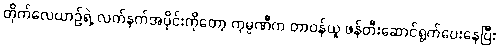
တိုက်လေယာဉ်ရဲ့ လက်နက်အပိုင်းကိုတော့ ကုမ္ပဏီက တာဝန်ယူ ဖန်တီးဆောင်ရွက်ပေးနေပြီး